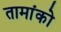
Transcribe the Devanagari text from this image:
तामांको